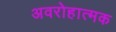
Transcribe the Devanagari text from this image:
अवरोहात्मक